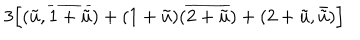
3 \Bigl [ ( \tilde { u } , \overline { { { 1 + \tilde { u } } } } ) + ( 1 + \tilde { u } ) ( \overline { { { 2 + \tilde { u } } } } ) + ( 2 + \tilde { u } , \bar { \tilde { u } } ) \Bigr ]